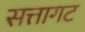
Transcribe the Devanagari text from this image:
सत्तागट